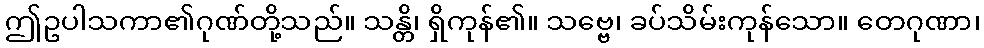
ဤဥပါသကာ၏ဂုဏ်တို့သည်။ သန္တိ၊ ရှိကုန်၏။ သဗ္ဗေ၊ ခပ်သိမ်းကုန်သော။ တေဂုဏာ၊